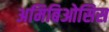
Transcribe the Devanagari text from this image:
अमिबिओसिस